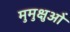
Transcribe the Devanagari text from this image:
मुमुक्षुओं